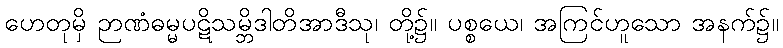
ဟေတုမှိ ဉာဏံဓမ္မပဋိသမ္ဘိဒါတိအာဒီသု၊ တို့၌။ ပစ္စယေ၊ အကြင်ဟူသော အနက်၌။